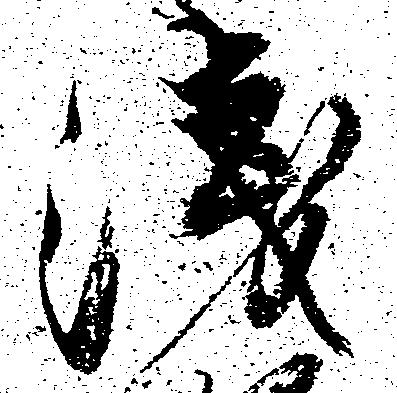
浅